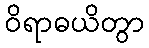
ဝိရာဓယိတွာ